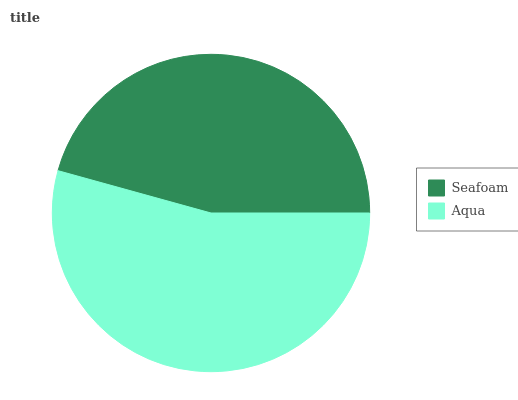
| Seafoam | Aqua |
 | --- | --- |
 | 45.7% | 54.3% |